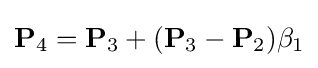
\mathbf {P} _{4}=\mathbf {P} _{3}+(\mathbf {P} _{3}-\mathbf {P} _{2})\beta _{1}